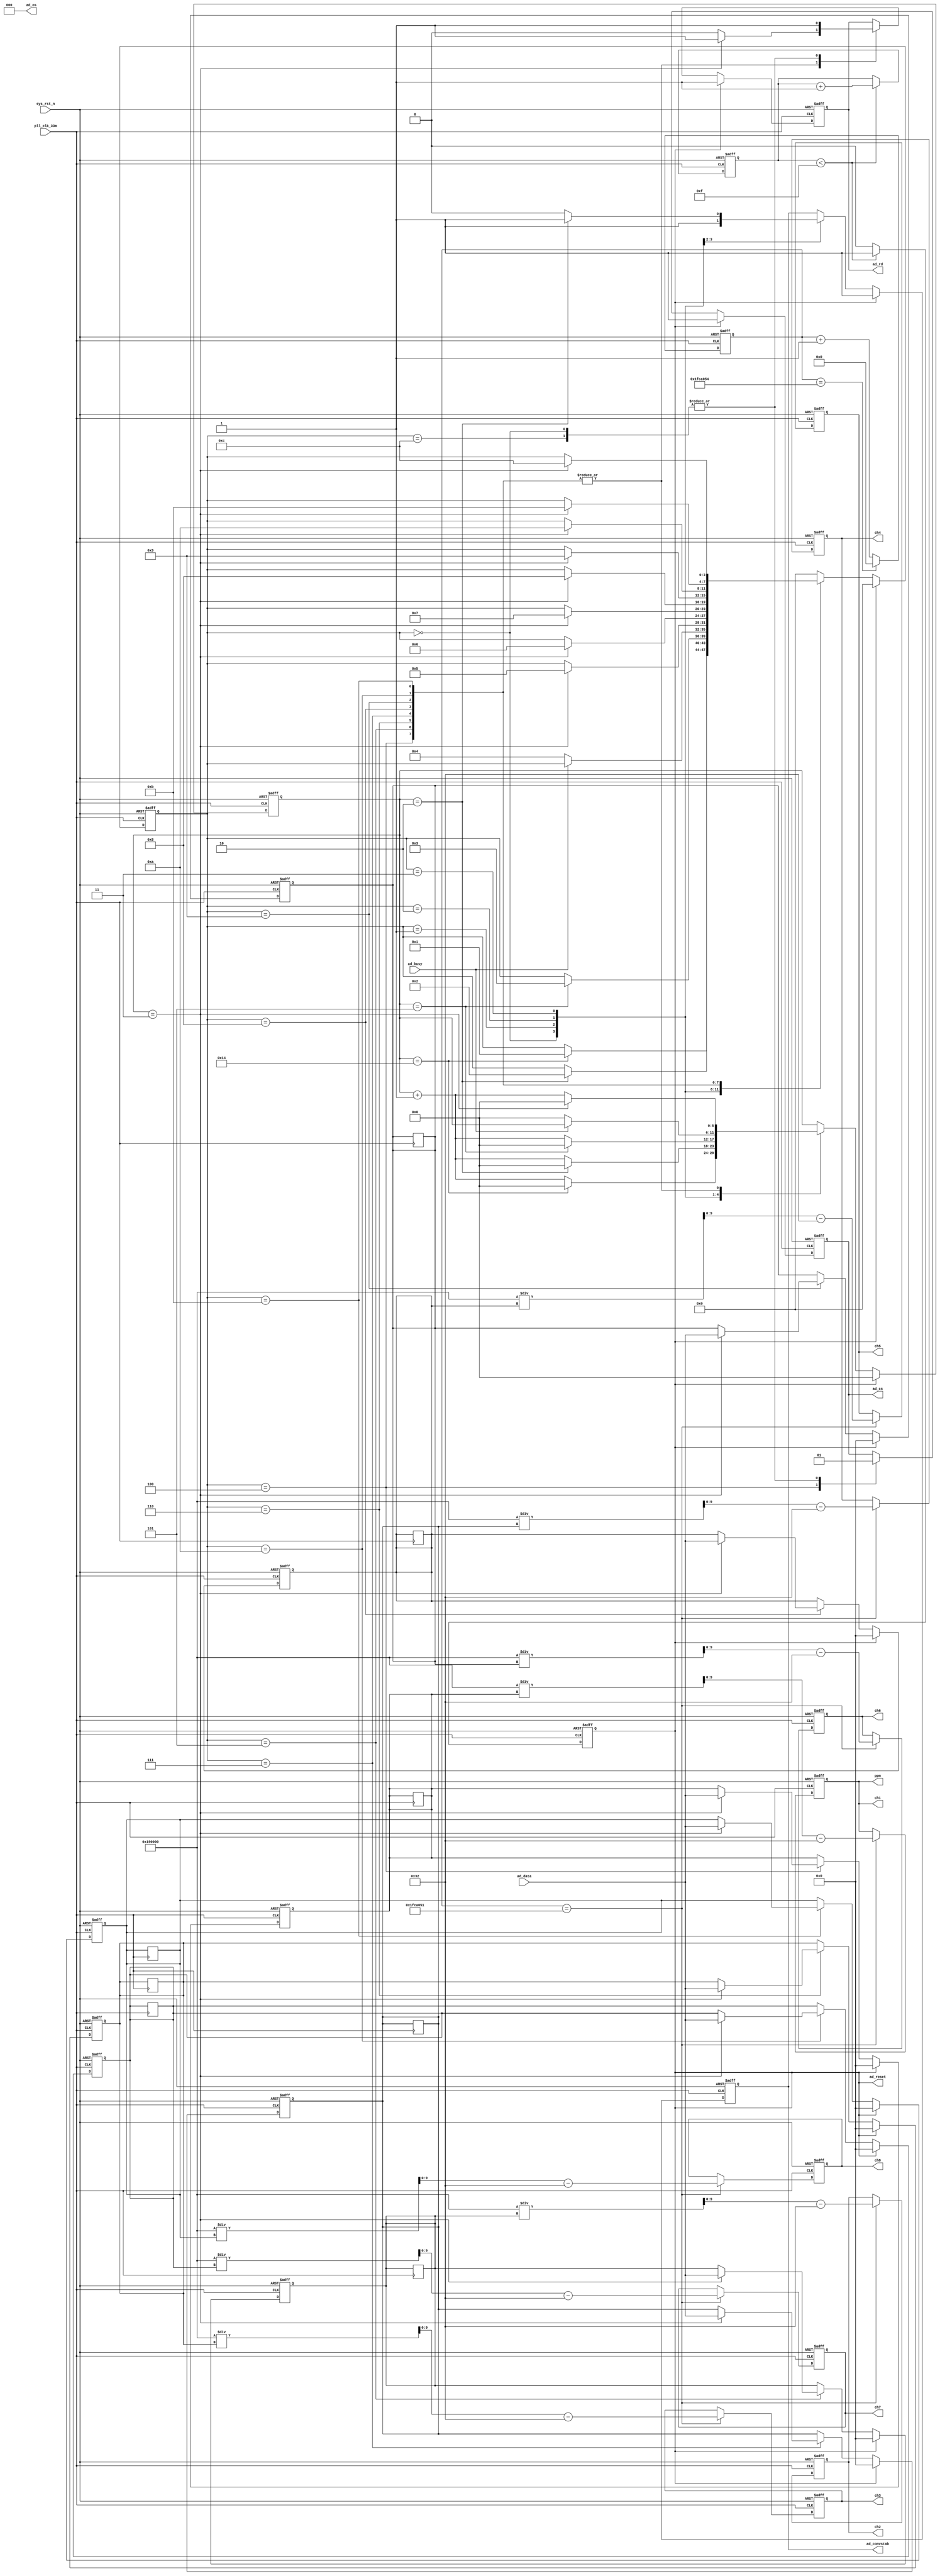
`timescale  1ns/1ns
//=================================================================================
//  Author       la
//  Project name Gas Sensor on FPGA
//  Module Name  : tft_ctrl
//  Created Time 2022.5.16
//  Description  AD7606
//=================================================================================

module ad7606(
    input        		pll_clk_33m        ,              //50mhz
	input        		sys_rst_n          ,   
	   
	input [15:0] 		ad_data			   ,              //ad7606 
	input        		ad_busy		       ,              //ad7606  
	    
	output [2:0] 		ad_os		       ,              //ad7606 
	output reg   		ad_cs			   ,              //ad7606 AD cs
	output reg   		ad_rd			   ,              //ad7606 AD data read
	output reg   		ad_reset           ,              //ad7606 AD reset
	output reg   		ad_convstab        ,              //ad7606 AD convert start

	output reg [9:0] 	ch1				   ,              //AD1
	output reg [9:0] 	ch2				   ,              //AD2
	output reg [9:0] 	ch3				   ,              //AD3
	output reg [9:0] 	ch4				   ,              //AD4
	output reg [9:0] 	ch5				   ,              //AD5
	output reg [9:0] 	ch6				   ,              //AD6
	output reg [9:0] 	ch7				   ,              //AD7
	output reg [9:0] 	ch8				   ,              //AD8	
	output wire [9:0] 	ppm                               //	
    );

//--------------------------------------------------------------------------
//-------------------------------------------------------------
//--------------------------------------------------------------------------

reg [15:0]  			cnt				   ;
reg [5:0]   			i				   ;
reg [3:0]   			state			   ;

parameter 				IDLE=4'd0          ;
parameter 				AD_CONV=4'd1       ;
parameter 				Wait_1=4'd2        ;
parameter 				Wait_busy=4'd3     ;
parameter 				READ_CH1=4'd4      ;
parameter 				READ_CH2=4'd5      ;
parameter 				READ_CH3=4'd6      ;
parameter 				READ_CH4=4'd7      ;
parameter 				READ_CH5=4'd8      ;
parameter 				READ_CH6=4'd9      ;
parameter 				READ_CH7=4'd10     ;
parameter 				READ_CH8=4'd11     ;
parameter 				READ_DONE=4'd12    ;

reg [15:0] 				ad_ch1			   ;
reg [15:0] 				ad_ch2			   ;
reg [15:0] 				ad_ch3			   ;
reg [15:0] 				ad_ch4			   ;
reg [15:0] 				ad_ch5			   ;
reg [15:0] 				ad_ch6			   ;
reg [15:0] 				ad_ch7			   ;
reg [15:0] 				ad_ch8			   ;

//--------------------------------------------------------------------------
//---------------------------------Main Code--------------------------------
//--------------------------------------------------------------------------

assign ad_os=3'b000;

//AD 
always@(posedge pll_clk_33m or negedge sys_rst_n)
 begin
 		if(!sys_rst_n) begin
 			ad_reset<=1'b0; 
 			cnt<=16'h0;
 		end
    else if(cnt<16'h000f) begin
        cnt<=cnt+1'b1;
        ad_reset<=1'b1;
      end
      else
        ad_reset<=1'b0;       
   end

always @(posedge pll_clk_33m or negedge sys_rst_n) 
 begin
	 if (!sys_rst_n) begin 
			 state<=IDLE; 
			 ad_ch1<=0;
			 ad_ch2<=0;
			 ad_ch3<=0;
			 ad_ch4<=0;
			 ad_ch5<=0;
			 ad_ch6<=0;
			 ad_ch7<=0;
			 ad_ch8<=0;
			 ad_cs<=1'b1;
			 ad_rd<=1'b1; 
			 ad_convstab<=1'b1;
			 i<=0;
	 end
	 else 	 if (ad_reset) begin 
			 state<=IDLE; 
			 ad_ch1<=0;
			 ad_ch2<=0;
			 ad_ch3<=0;
			 ad_ch4<=0;
			 ad_ch5<=0;
			 ad_ch6<=0;
			 ad_ch7<=0;
			 ad_ch8<=0;
			 ad_cs<=1'b1;
			 ad_rd<=1'b1; 
			 ad_convstab<=1'b1;
			 i<=0;
	 end		 
	 else begin
		  case(state)
		  IDLE: begin
				 ad_cs<=1'b1;
				 ad_rd<=1'b1; 
				 ad_convstab<=1'b1; 
				 if(i==20) begin                         //20clock
					 i<=0;			 
					 state<=AD_CONV;
				 end
				 else 
					 i<=i+1'b1;
		  end
		  AD_CONV: begin	   
				 if(i==2) begin                        //2clock
					 i<=0;			 
					 state<=Wait_1;
					 ad_convstab<=1'b1;       				 
				 end
				 else begin
					 i<=i+1'b1;
					 ad_convstab<=1'b0;                     //AD
				 end
		  end
		  Wait_1: begin            
				 if(i==5) begin                           //5clock, busy
					 i<=0;
					 state<=Wait_busy;
				 end
				 else 
					 i<=i+1'b1;
		  end		 
		  Wait_busy: begin            
				 if(ad_busy==1'b0) begin                    //busy
					 i<=0;			 
					 state<=READ_CH1;
				 end
		  end
		  READ_CH1: begin 
				 ad_cs<=1'b0;                              //cs	  
				 if(i==3) begin
					 ad_rd<=1'b1;
					 i<=0;
					 ad_ch1<=ad_data;                        //CH1
					 state<=READ_CH2;				 
				 end
				 else begin
					 ad_rd<=1'b0;	
					 i<=i+1'b1;
				 end
		  end
		  READ_CH2: begin 
				 if(i==3) begin
					 ad_rd<=1'b1;
					 i<=0;
					 ad_ch2<=ad_data;                        //CH2
					 state<=READ_CH3;				 
				 end
				 else begin
					 ad_rd<=1'b0;	
					 i<=i+1'b1;
				 end
		  end
		  READ_CH3: begin 
				 if(i==3) begin
					 ad_rd<=1'b1;
					 i<=0;
					 ad_ch3<=ad_data;                        //CH3
					 state<=READ_CH4;				 
				 end
				 else begin
					 ad_rd<=1'b0;	
					 i<=i+1'b1;
				 end
		  end
		  READ_CH4: begin 
				 if(i==3) begin
					 ad_rd<=1'b1;
					 i<=0;
					 ad_ch4<=ad_data;                        //CH4
					 state<=READ_CH5;				 
				 end
				 else begin
					 ad_rd<=1'b0;	
					 i<=i+1'b1;
				 end
		  end
		  READ_CH5: begin 
				 if(i==3) begin
					 ad_rd<=1'b1;
					 i<=0;
					 ad_ch5<=ad_data;                        //CH5
					 state<=READ_CH6;				 
				 end
				 else begin
					 ad_rd<=1'b0;	
					 i<=i+1'b1;
				 end
		  end
		  READ_CH6: begin 
				 if(i==3) begin
					 ad_rd<=1'b1;
					 i<=0;
					 ad_ch6<=ad_data;                        //CH6
					 state<=READ_CH7;				 
				 end
				 else begin
					 ad_rd<=1'b0;	
					 i<=i+1'b1;
				 end
		  end
		  READ_CH7: begin 
				 if(i==3) begin
					 ad_rd<=1'b1;
					 i<=0;
					 ad_ch7<=ad_data;                        //CH7
					 state<=READ_CH8;				 
				 end
				 else begin
					 ad_rd<=1'b0;	
					 i<=i+1'b1;
				 end
		  end
		  READ_CH8: begin 
				 if(i==3) begin
					 ad_rd<=1'b1;
					 i<=0;
					 ad_ch8<=ad_data;                        //CH8
					 state<=READ_DONE;				 
				 end
				 else begin
					 ad_rd<=1'b0;	
					 i<=i+1'b1;
				 end
		  end
		  READ_DONE:begin
					 ad_rd<=1'b1;	 
					 ad_cs<=1'b1;
					 state<=IDLE;
		  end		
		  default:	state<=IDLE;
		  endcase	
    end	  

 end
//adtft
reg [26:0]  outputcnt;
always@(posedge pll_clk_33m or negedge sys_rst_n)begin
 	if(!sys_rst_n) begin
 		outputcnt<=27'b0;

	end
    else if(outputcnt== 27'd33333332)  begin      
        outputcnt<=27'b0;

	end
    else begin
        outputcnt<=outputcnt+1'b1;
 
	end    
   end



always@(posedge pll_clk_33m or negedge sys_rst_n)begin
 	if(!sys_rst_n)begin
		ch1<=10'd0;
		ch2<=10'd0;
		ch3<=10'd0;
		ch4<=10'd0;
		ch5<=10'd0;
		ch6<=10'd0;
		ch7<=10'd0;
		ch8<=10'd0;

	end
	else if(outputcnt== 27'd33333329) begin
		ch1<=21'b110010000000000000000/ad_ch1-10'd50;
		ch2<=21'b110010000000000000000/ad_ch2-10'd50;
		ch3<=21'b110010000000000000000/ad_ch3-10'd50;
		ch4<=21'b110010000000000000000/ad_ch4-10'd50;
		ch5<=21'b110010000000000000000/ad_ch5-10'd50;
		ch6<=21'b110010000000000000000/ad_ch6-10'd50;
		ch7<=21'b110010000000000000000/ad_ch7-10'd50;
		ch8<=21'b110010000000000000000/ad_ch8-10'd50;
	end
	
	else begin
		ad_ch1<=ad_ch1;
		ad_ch2<=ad_ch2;
		ad_ch3<=ad_ch3;
		ad_ch4<=ad_ch4;
		ad_ch5<=ad_ch5;
		ad_ch6<=ad_ch6;
		ad_ch7<=ad_ch7;
		ad_ch8<=ad_ch8;

		ch1<=ch1;
		ch2<=ch2;
		ch3<=ch3;
		ch4<=ch4;
		ch5<=ch5;
		ch6<=ch6;
		ch7<=ch7;
		ch8<=ch8;


	end
	end
assign ppm=ch1;
endmodule